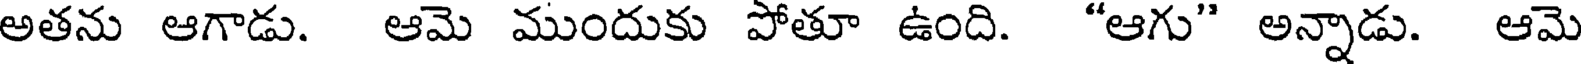
అతను ఆగాడు. ఆమె ముందుకు పోతూ ఉంది. "ఆగు" అన్నాడు. ఆమె